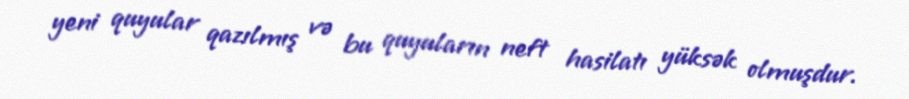
yeni quyular qazılmış və bu quyuların neft hasilatı yüksək olmuşdur.